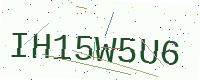
Text: IH15W5U6